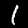
Label: 1